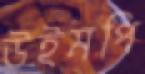
উইমপি